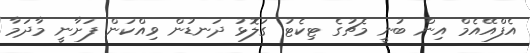
އެފްއޭއެމް އިން ބުނީ މެޗުގެ ޓިކެޓު ގަލޮޅު ދަނޑުން ވިއްކަން ފަށާނީ މާދަމާ